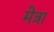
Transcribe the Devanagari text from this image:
मेत्रा